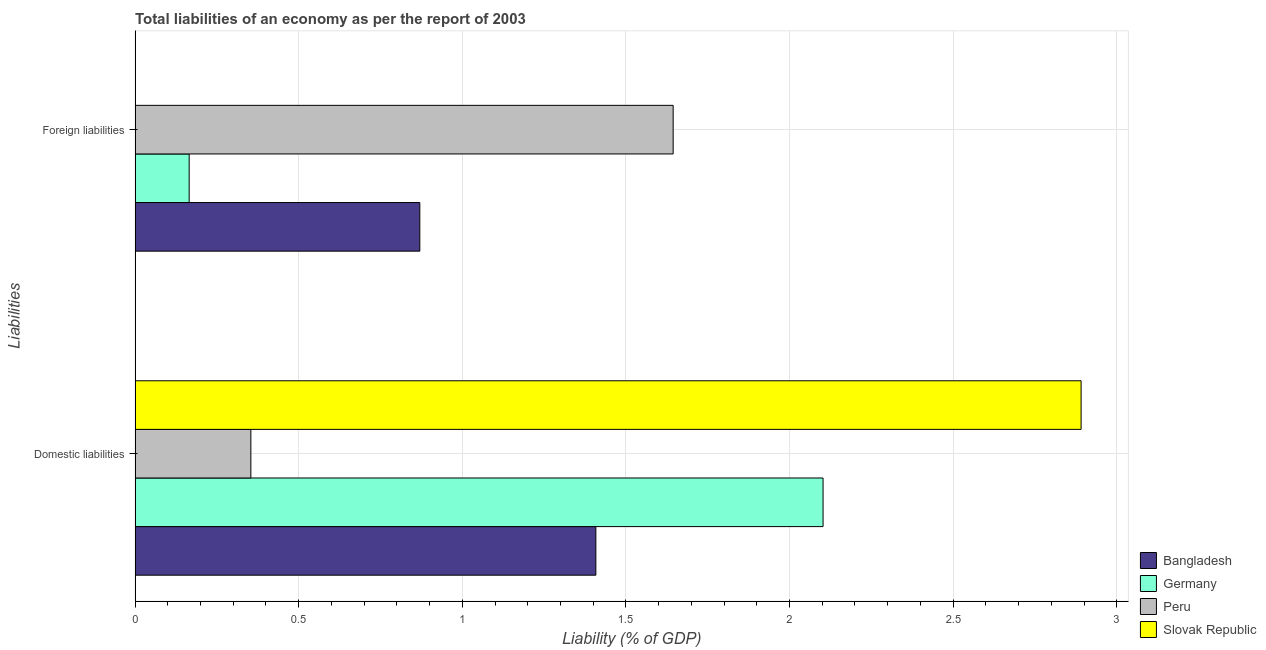
| Liabilities | Bangladesh | Germany | Peru | Slovak Republic |
 | --- | --- | --- | --- | --- |
 | Domestic liabilities | 1.41 | 2.1 | 0.354 | 2.89 |
 | Foreign liabilities | 0.87 | 0.165 | 1.64 | -0.183 |